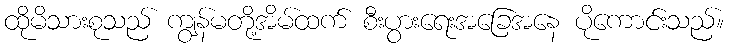
ထိုမိသားစုသည် ကျွန်မတို့အိမ်ထက် စီးပွားရေးအခြေအနေ ပိုကောင်းသည်။